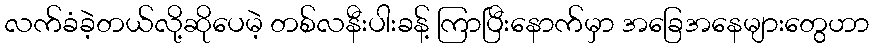
လက်ခံခဲ့တယ်လို့ဆိုပေမဲ့ တစ်လနီးပါးခန့် ကြာပြီးနောက်မှာ အခြေအနေများတွေဟာ